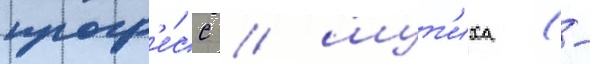
прогр'е́сс / шут'иха (-